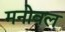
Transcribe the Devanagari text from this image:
मनोवल